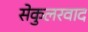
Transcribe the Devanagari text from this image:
सेकुलरवाद